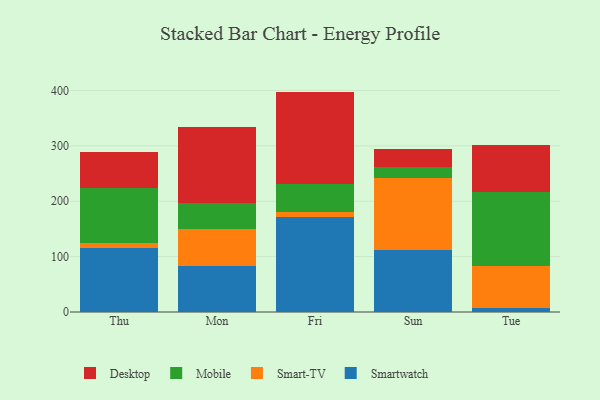
{"axis": {"x": "Day", "y": "Customer Acquisition Cost (USD)"}, "legend": ["Desktop", "Mobile", "Smart-TV", "Smartwatch"], "data": [{"x": "Thu", "y": 114.8, "type": "Smartwatch"}, {"x": "Thu", "y": 9.8, "type": "Smart-TV"}, {"x": "Thu", "y": 98.7, "type": "Mobile"}, {"x": "Thu", "y": 66.5, "type": "Desktop"}, {"x": "Mon", "y": 83.7, "type": "Smartwatch"}, {"x": "Mon", "y": 65.3, "type": "Smart-TV"}, {"x": "Mon", "y": 47.2, "type": "Mobile"}, {"x": "Mon", "y": 137.7, "type": "Desktop"}, {"x": "Fri", "y": 171.0, "type": "Smartwatch"}, {"x": "Fri", "y": 9.2, "type": "Smart-TV"}, {"x": "Fri", "y": 50.5, "type": "Mobile"}, {"x": "Fri", "y": 167.3, "type": "Desktop"}, {"x": "Sun", "y": 111.5, "type": "Smartwatch"}, {"x": "Sun", "y": 130.9, "type": "Smart-TV"}, {"x": "Sun", "y": 20.0, "type": "Mobile"}, {"x": "Sun", "y": 31.3, "type": "Desktop"}, {"x": "Tue", "y": 7.4, "type": "Smartwatch"}, {"x": "Tue", "y": 74.9, "type": "Smart-TV"}, {"x": "Tue", "y": 134.3, "type": "Mobile"}, {"x": "Tue", "y": 85.4, "type": "Desktop"}]}